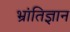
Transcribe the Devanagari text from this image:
भ्रांतिज्ञान